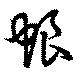
蜋